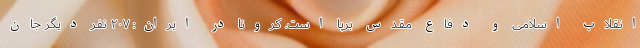
انقلاب اسلامی و دفاع مقدس برپا است. کرونا در ایران: ۲۰۷ نفر دیگر جان